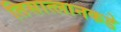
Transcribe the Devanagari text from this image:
तिसात्लानकडे